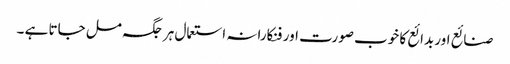
صنائع اور بدائع کا خوب صورت اور فنکارانہ استعمال ہر جگہ مل جاتا ہے ۔